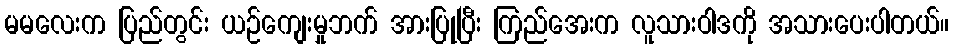
မမလေးက ပြည်တွင်း ယဉ်ကျေးမှုဘက် အားပြုပြီး ကြည်အေးက လူသားဝါဒကို အသားပေးပါတယ်။